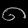
Digit: ၈